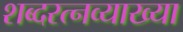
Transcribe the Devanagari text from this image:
शब्दरत्नव्याख्या